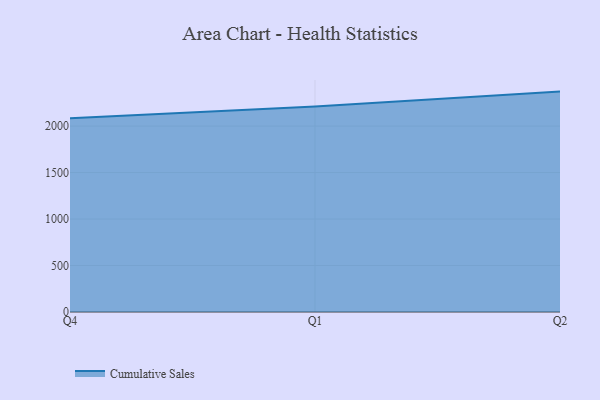
{"axis": {"x": "Quarter", "y": "Revenue (USD Million)"}, "legend": ["Cumulative Sales"], "data": [{"x": "Q4", "y": 2085.0, "type": "Cumulative Sales"}, {"x": "Q1", "y": 2210.5, "type": "Cumulative Sales"}, {"x": "Q2", "y": 2370.9, "type": "Cumulative Sales"}]}